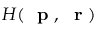
H ( \mathrm { ~ \bf ~ p ~ } , \mathrm { ~ \bf ~ r ~ } )